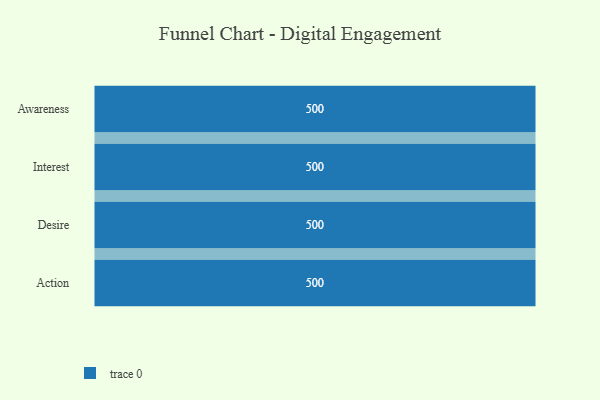
{"axis": {"x": "Stage", "y": "Value"}, "legend": [""], "data": [{"x": "Awareness", "y": 500, "type": ""}, {"x": "Interest", "y": 500, "type": ""}, {"x": "Desire", "y": 500, "type": ""}, {"x": "Action", "y": 500, "type": ""}]}